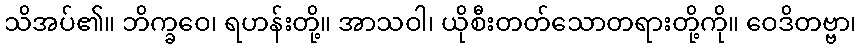
သိအပ်၏။ ဘိက္ခဝေ၊ ရဟန်းတို့။ အာသဝါ၊ ယိုစီးတတ်သောတရားတို့ကို။ ဝေဒိတဗ္ဗာ၊